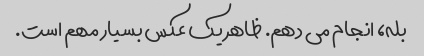
بله، انجام می دهم. ظاهر یک عکس بسیار مهم است.